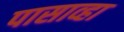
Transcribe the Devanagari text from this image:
पासाव्हा